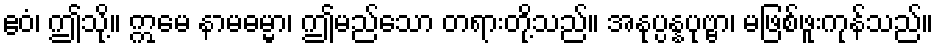
ဧဝံ၊ ဤသို့။ ဣမေ နာမဓမ္မာ၊ ဤမည်သော တရားတို့သည်။ အနုပ္ပန္နပုဗ္ဗာ၊ မဖြစ်ဖူးကုန်သည်။